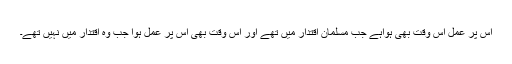
اس پر عمل اس وقت بھی ہواہے جب مسلمان اقتدار میں تھے اور اس وقت بھی اس پر عمل ہوا جب وہ اقتدار میں نہیں تھے۔